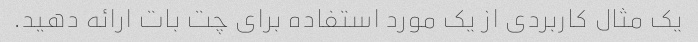
یک مثال کاربردی از یک مورد استفاده برای چت بات ارائه دهید.